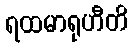
ရထမာရုဟီတိ